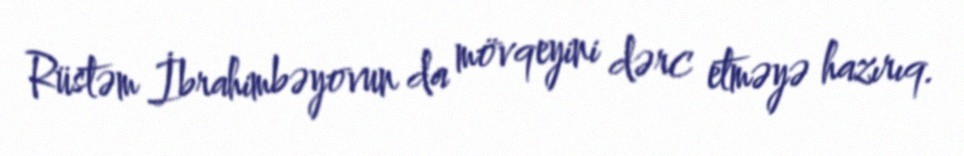
Rüstəm İbrahimbəyovun da mövqeyini dərc etməyə hazırıq.